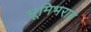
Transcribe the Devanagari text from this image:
भूमिभराव